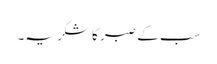
سب کے صبر کا شکریہ۔